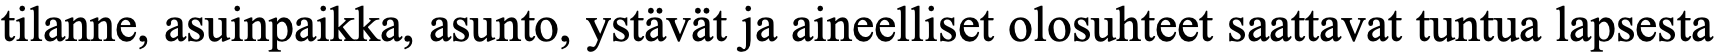
tilanne, asuinpaikka, asunto, ystävät ja aineelliset olosuhteet saattavat tuntua lapsesta